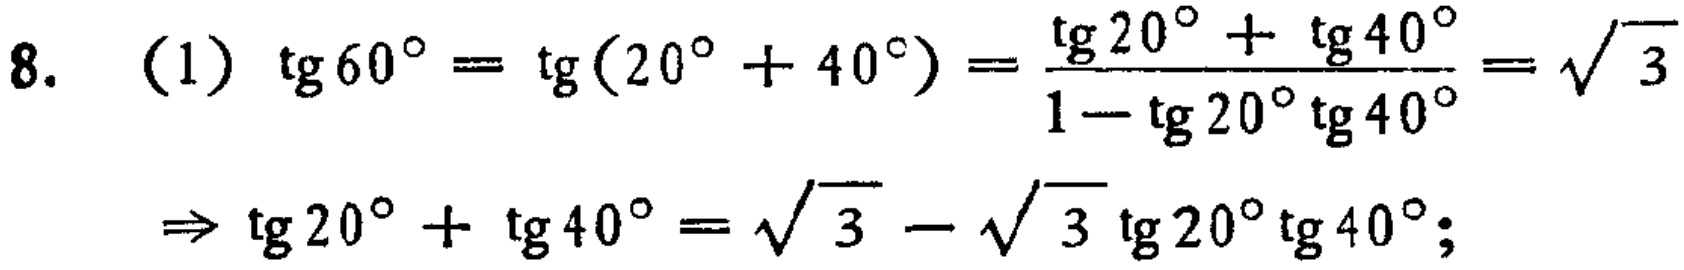
答：张家应付电费\(1\)元，王家应付电费\(1.50\)元，李家应付电费\(1.25\)元。